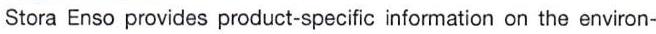
Stora Enso provides product-specific information on the environ-